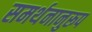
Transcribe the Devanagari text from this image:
समर्थनानुरूप